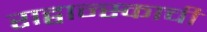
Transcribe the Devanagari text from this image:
राद्वान्स्काची